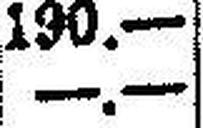
—.—